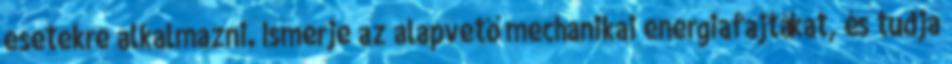
esetekre alkalmazni. Ismerje az alapvető mechanikai energiafajtákat, és tudja